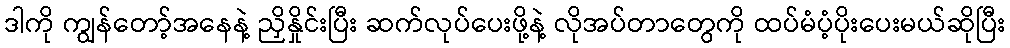
ဒါကို ကျွန်တော့်အနေနဲ့ ညှိနှိုင်းပြီး ဆက်လုပ်ပေးဖို့နဲ့ လိုအပ်တာတွေကို ထပ်မံပံ့ပိုးပေးမယ်ဆိုပြီး